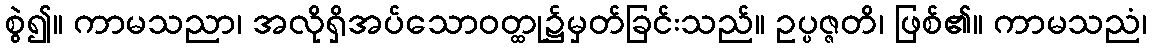
စွဲ၍။ ကာမသညာ၊ အလိုရှိအပ်သောဝတ္ထု၌မှတ်ခြင်းသည်။ ဥပ္ပဇ္ဇတိ၊ ဖြစ်၏။ ကာမသညံ၊